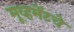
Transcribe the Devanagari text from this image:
मूव्हमेंटचे